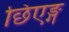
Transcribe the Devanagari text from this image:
छिएङ्ग